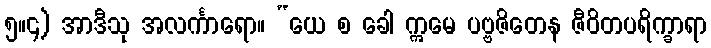
၅။၄) အာဒီသု အလင်္ကာရော။ “ယေ စ ခေါ ဣမေ ပဗ္ဗဇိတေန ဇီဝိတပရိက္ခာရာ